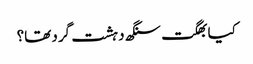
کیا بھگت سنگھ دہشت گرد تھا؟